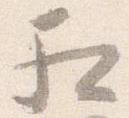
相